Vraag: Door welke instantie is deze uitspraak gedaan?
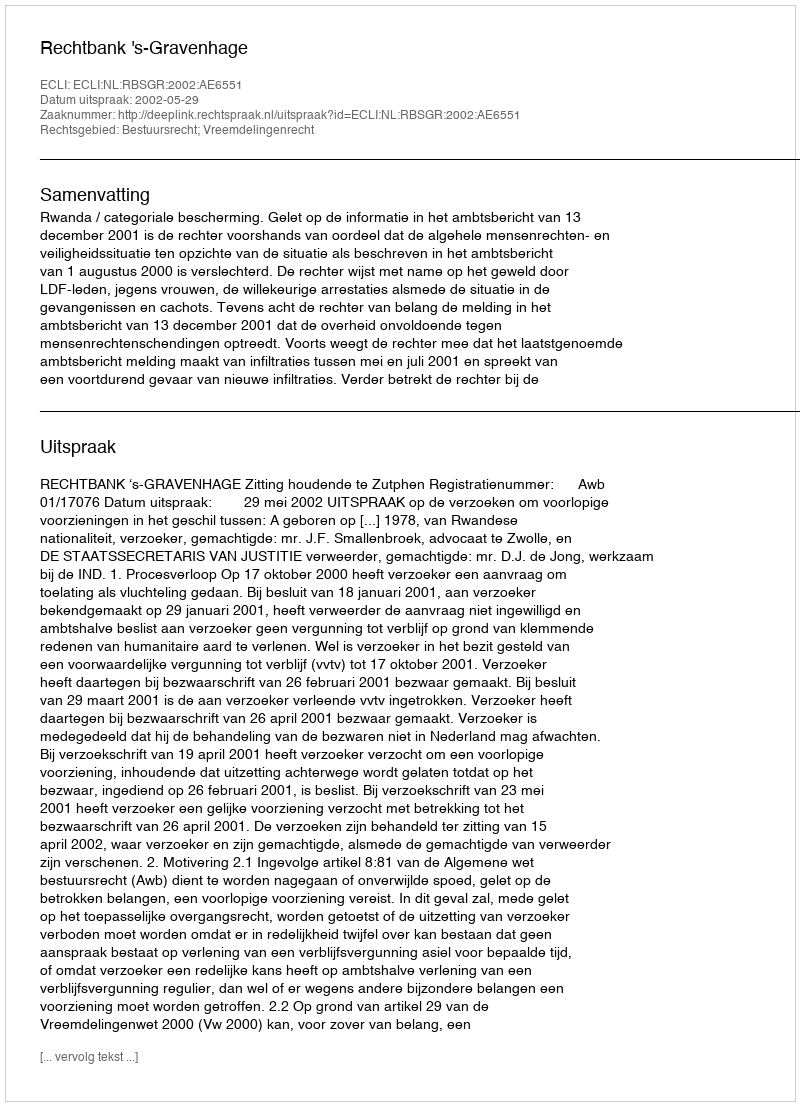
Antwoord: Rechtbank 's-Gravenhage